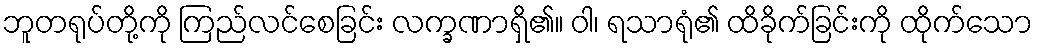
ဘူတရုပ်တို့ကို ကြည်လင်စေခြင်း လက္ခဏာရှိ၏။ ဝါ၊ ရသာရုံ၏ ထိခိုက်ခြင်းကို ထိုက်သော